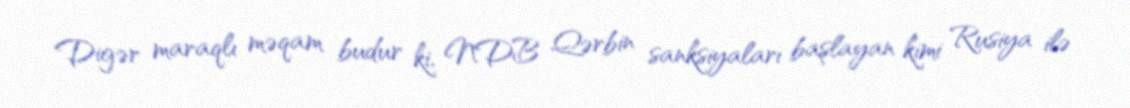
Digər maraqlı məqam budur ki, NDB Qərbin sanksiyaları başlayan kimi Rusiya ilə